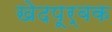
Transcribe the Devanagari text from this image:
खेदपूर्वक